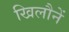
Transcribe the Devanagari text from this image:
खिलौनें